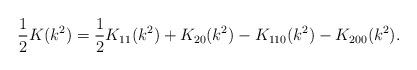
LaTeX: \begin{align*}\frac{1}{2} K(k^2) = \frac{1}{2} K_{11}(k^2) + K_{20}(k^2) - K_{110}(k^2) - K_{200}(k^2).\end{align*}